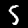
Digit: 5